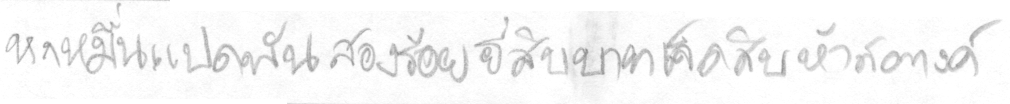
หกหมื่นแปดพันสองร้อยยี่สิบบาทเจ็ดสิบห้าสตางค์